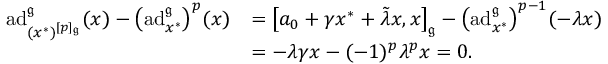
\begin{array} { r l } { \mathrm { a d } _ { ( x ^ { * } ) ^ { [ p ] _ { \mathfrak { g } } } } ^ { \mathfrak { g } } ( x ) - \bigl ( \mathrm { a d } _ { x ^ { * } } ^ { \mathfrak { g } } \bigr ) ^ { p } ( x ) } & { = \big [ a _ { 0 } + \gamma x ^ { * } + \tilde { \lambda } x , x \big ] _ { \mathfrak { g } } - \bigl ( \mathrm { a d } _ { x ^ { * } } ^ { \mathfrak { g } } \bigr ) ^ { p - 1 } ( - \lambda x ) } \\ & { = - \lambda \gamma x - ( - 1 ) ^ { p } \lambda ^ { p } x = 0 . } \end{array}